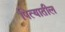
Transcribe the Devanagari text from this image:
पित्यातील